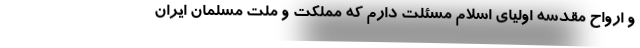
و ارواح مقدسه اولیای اسلام مسئلت دارم که مملکت و ملت مسلمان ایران